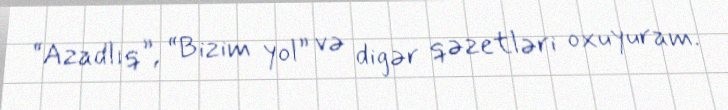
“Azadlıq”, “Bizim yol” və digər qəzetləri oxuyuram.